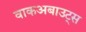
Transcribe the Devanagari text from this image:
वाकअबाउट्स